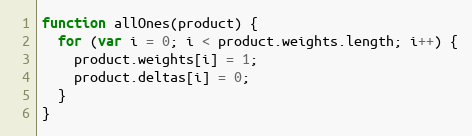
Language: JavaScript
function allOnes(product) {
  for (var i = 0; i < product.weights.length; i++) {
    product.weights[i] = 1;
    product.deltas[i] = 0;
  }
}